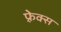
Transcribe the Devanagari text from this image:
फ़्रेक्स